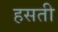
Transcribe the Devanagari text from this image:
हसती